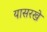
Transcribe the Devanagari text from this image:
यासरखे